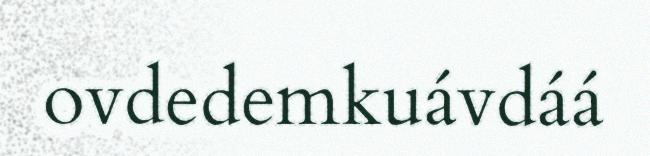
ovdedemkuávdáá